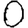
Digit: 0